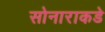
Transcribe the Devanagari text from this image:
सोनाराकडे